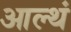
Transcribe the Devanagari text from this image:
आल्थं